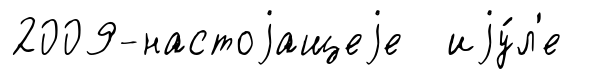
2009-настоjащеjе иjу́л'е